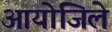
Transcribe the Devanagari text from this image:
आयोजिले